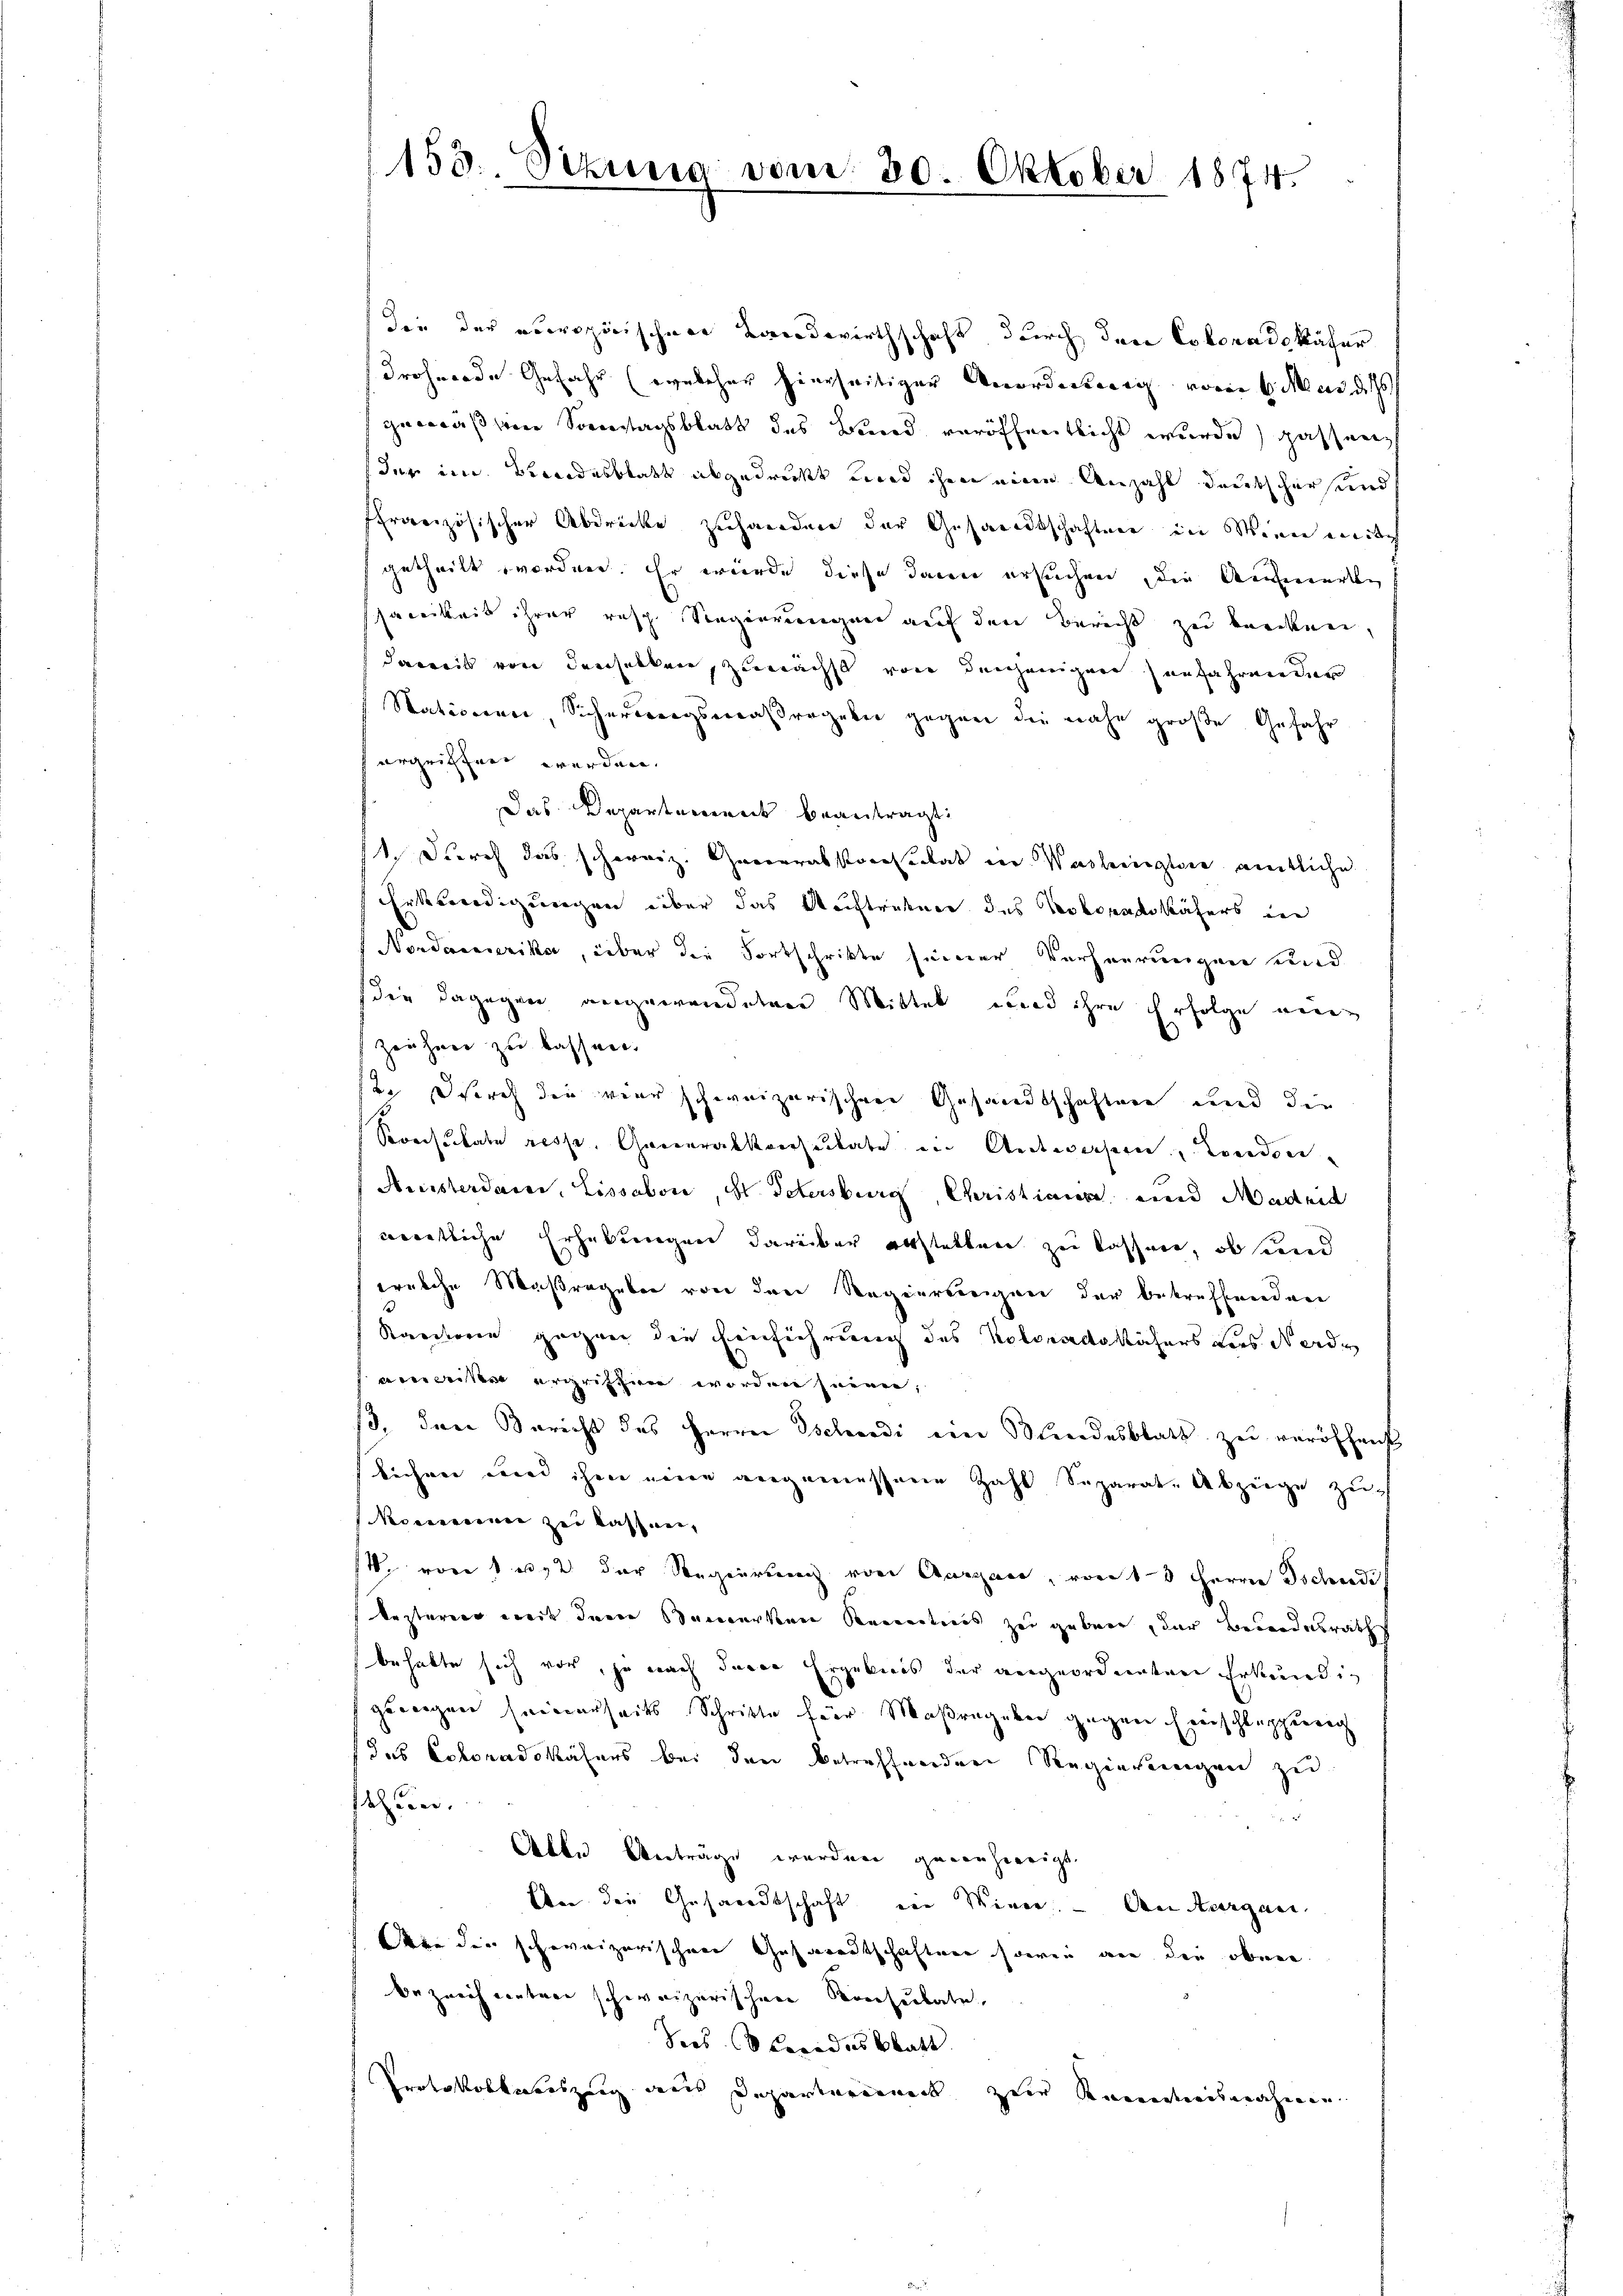
153. Sizung vom 20. Oktober 1874.

die der accropinischen Landwirthschaft durch den Coloradokäfer
drohende Gefahr (welcher hierseitiger Anordnung vom 6. Mai des
gemäßen Sonntagsblatt des Bund veröffentlicht wurde passen,
der im Bundesblatt abgedruckt und ihm eine Anzahl deutschers und
ffranzösischer Abdrücke zuhanden der Gesandtschaften in Wien weite
getheilt worden. Er würde diese dann ersuchen, die Aufmerke
samkeit ihrer resp. Siegierungen auf den Bericht zu kanten,
damit von denselben, zunächst von denjenigere Zunfahrender
Stationen, Sicherungsmaßregeln gegen die nahe große Gefahr
ergriffert werden.
Das Departement beantragt:
1 durch das schweiz. Generabsteressertat der Washinglie amtliche
Erkundigungen über das Auftrature des Verboradikäfers in
Nordamerika, über die Fortschritte seiner Verheerungen und
die dagegen angewendeten Mittel und ihre Erfolge ein
Zeichnen zu bassner.
se. Durch der vier schweizerischen Gesandtschaften und die
Seversitate resp. Generalkonsulate in Antworfern, Leiden
Anisterdame, Lissabon, d. Schersburg, Christiane und Madrid
nanntliche Erhebungen darüber erstatten zu kassen, ob sind
welche Maßregeben von den Regierungen der betreffenden
Kantone gegen die Einführung des Kolonadoköchers Lies Norde
mweise ergriffen worden seien;
8. Den Bericht des Herrn Gschwedi ein Bundesblatt zu veröffenst
lichen wird ihm neuen angemessene Zahl Soparate Abziege zu
Nominie zur Kassner,
/. von 1 1/2 der Regierung von Aargau, von 13 Herrn Tschudi
kezteren weit denen Bemerken Kenntnis zu geben, der Beundesrath
behalte sich vor, ja nach davon Ergebnis der angeordneten Erkundig
geweigen seinerseits Schritte für Maßregeben gegen Freischluppung
f das Echoradokäfers bei den betreffenden Regierungen zu
stehen.
Abte Anträge werden gegenhereigt.
Eben die Gesandtschaft in Wiener. An Aargau.
Wie die schweizerischen Gesarentschaften sowie an die obene
bezeich entner schweizerischen Konsulate,
Sees Seradesblatt.
Protokollateszug aus Departarneck zur Kundesnahmen